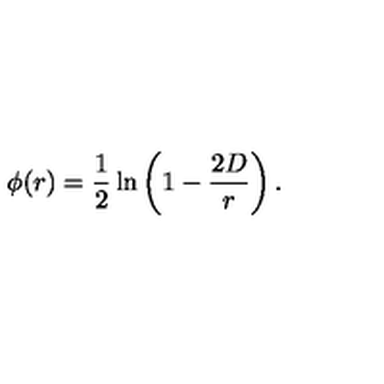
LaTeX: \phi ( r ) = { \frac { 1 } { 2 } } \ln \left( 1 - { \frac { 2 D } { r } } \right) .